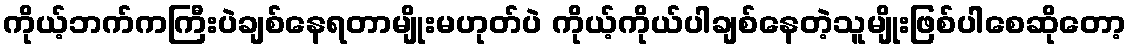
ကိုယ့်ဘက်ကကြီးပဲချစ်နေရတာမျိုးမဟုတ်ပဲ ကိုယ့်ကိုယ်ပါချစ်နေတဲ့သူမျိုးဖြစ်ပါစေဆိုတော့